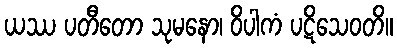
ယဿ ပတီတော သုမနော၊ ဝိပါကံ ပဋိသေဝတိ။